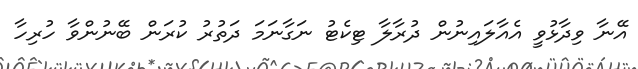
އޭނާ ވިދާޅުވީ އެއާލައިނުން ދުރާލާ ޓިކެޓު ނަގާނަމަ ދަތުރު ކުރަން ބޭނުންވާ ހުރިހާ